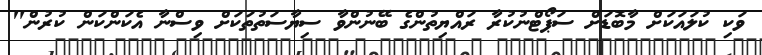
ވަކި ކުލައަކަށް މާބޮޑަށް ސަޕޯޓްނުކުރާ ރައްޔިތުންގެ ބޭނުންވާ ސިޔާސަތުތަކަށް ވިސްނާ އެކަންކަން ކުރުން"